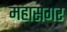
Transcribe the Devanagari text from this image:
महासगर